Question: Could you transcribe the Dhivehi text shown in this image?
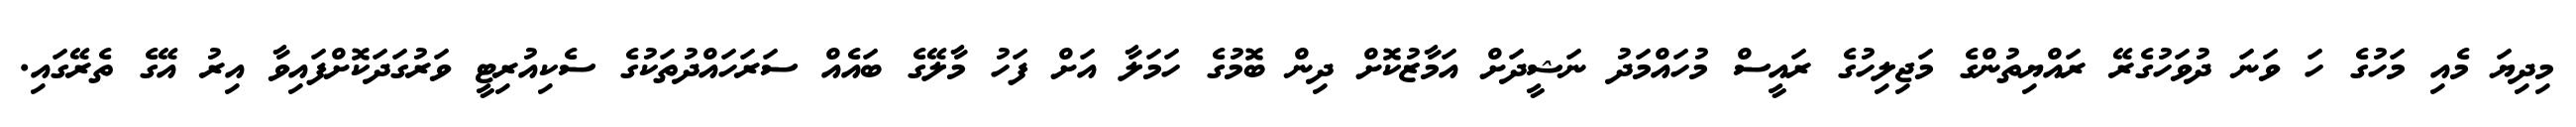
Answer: މިދިޔަ މެއި މަހުގެ ހަ ވަނަ ދުވަހުގެރޭ ރައްޔިތުންގެ މަޖިލިހުގެ ރައީސް މުހައްމަދު ނަޝީދަށް އަމާޒުކޮށް ދިން ބޮމުގެ ހަމަލާ އަށް ފަހު މާލޭގެ ބައެއް ސަރަހައްދުތަކުގެ ސެކިއުރިޓީ ވަރުގަދަކޮށްފައިވާ އިރު އޭގެ ތެރޭގައި.